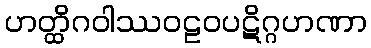
ဟတ္ထိဂဝါဿဝဠဝပဋိဂ္ဂဟဏာ